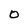
Character: 0